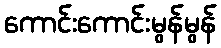
ကောင်းကောင်းမွန်မွန်